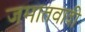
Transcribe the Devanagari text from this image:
जमातवादी